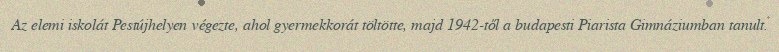
Az elemi iskolát Pestújhelyen végezte, ahol gyermekkorát töltötte, majd 1942-től a budapesti Piarista Gimnáziumban tanult.